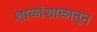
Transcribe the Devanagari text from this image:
शाळांशाळातून